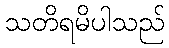
သတိရမိပါသည်